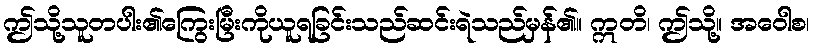
ဤသို့သူတပါး၏ကြွေးမြီးကိုယူရခြင်းသည်ဆင်းရဲသည်မှန်၏။ ဣတိ၊ ဤသို့။ အဝေါစ၊